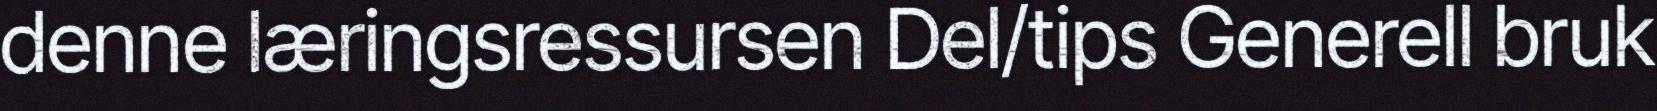
denne læringsressursen Del/tips Generell bruk